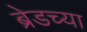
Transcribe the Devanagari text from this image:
ब्रेडच्या